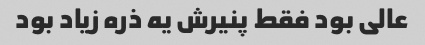
عالی بود فقط پنیرش یه ذره زیاد بود